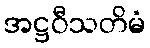
အဋ္ဌဝီသတိမံ